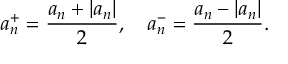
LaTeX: a _ { n } ^ { + } = { \frac { a _ { n } + | a _ { n } | } { 2 } } , \quad a _ { n } ^ { - } = { \frac { a _ { n } - | a _ { n } | } { 2 } } .